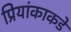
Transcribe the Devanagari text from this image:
प्रियांकाकडे